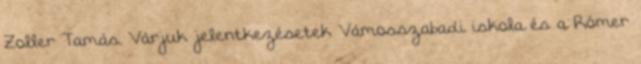
Zoller Tamás. Várjuk jelentkezésetek Vámosszabadi iskola és a Rómer